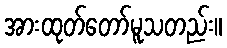
အားထုတ်တော်မူသတည်း။